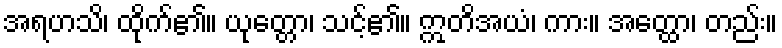
အရဟသိ၊ ထိုက်၏။ ယုတ္တော၊ သင့်၏။ ဣတိအယံ၊ ကား။ အတ္ထော၊ တည်း။